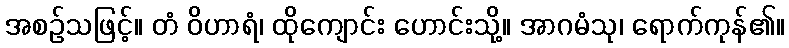
အစဉ်သဖြင့်။ တံ ဝိဟာရံ၊ ထိုကျောင်း ဟောင်းသို့။ အာဂမံသု၊ ရောက်ကုန်၏။